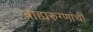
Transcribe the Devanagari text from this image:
बाह्यरुग्णांची